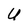
Character: U